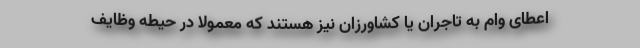
اعطای وام به تاجران یا کشاورزان نیز هستند که معمولاً در حیطه وظایف